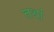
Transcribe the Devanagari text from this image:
तथां